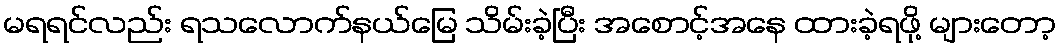
မရရင်လည်း ရသလောက်နယ်မြေ သိမ်းခဲ့ပြီး အစောင့်အနေ ထားခဲ့ရဖို့ များတော့